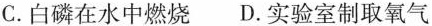
C.白磷在水中燃烧 D.实验室制取氧气